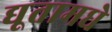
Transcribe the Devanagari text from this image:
द्यूतामधे